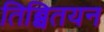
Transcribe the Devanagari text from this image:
तिब्बितयन